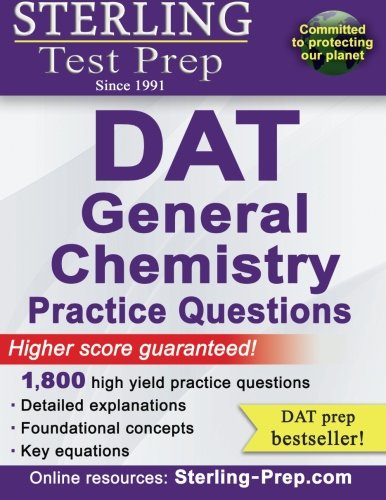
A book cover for Sterling DAT General Chemistry Practice Questions: High Yield DAT General Chemistry Questions; Sterling Test Prep; Test Preparation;